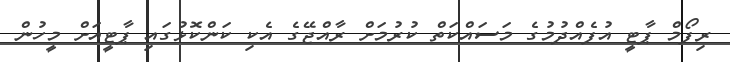
ރިފޯމް ޕާޓީ އުފެއްދުމުގެ މަސައްކަތް ކުރުމަަށް ރާއްޖޭގެ އެކި ކަންކޮޅުގައި ޕާޓީއަށް މީހުން